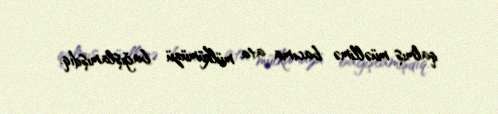
qalmış müəllimə bacıma ata mülkümüzü bağışlamışdıq.